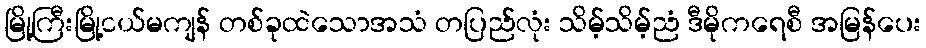
မြို့ကြီးမြို့ငယ်မကျန် တစ်ခုထဲသောအသံ တပြည်လုံး သိမ့်သိမ့်ညံ ဒီမိုကရေစီ အမြန်ပေး